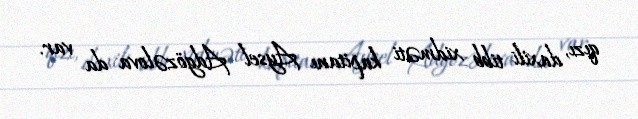
qızı, daxili tibb xidməti kapitanı Aysel Adgözəlova da var.